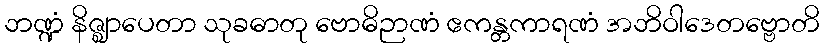
ဘဏ္ဍံ နိဇ္ဈာပေတာ သုခဓာတု ဗောဓိဉာဏံ ဧကန္တကာရဏံ အဘိဝါဒေတဗ္ဗောတိ